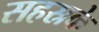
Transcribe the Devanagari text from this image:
सहस्रके